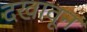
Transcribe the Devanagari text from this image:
दखावून